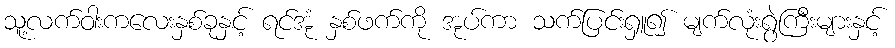
သူ့လက်ဝါးကလေးနှစ်ခုနှင့် ရင်အုံ နှစ်ဖက်ကို အုပ်ကာ သက်ပြင်းရှူ၍ မျက်လုံးရွဲကြီးများနှင့်